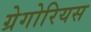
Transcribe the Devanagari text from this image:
ग्रेगोरियस